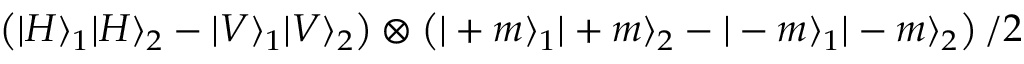
\left( | H \rangle _ { 1 } | H \rangle _ { 2 } - | V \rangle _ { 1 } | V \rangle _ { 2 } \right) \otimes \left( | + m \rangle _ { 1 } | + m \rangle _ { 2 } - | - m \rangle _ { 1 } | - m \rangle _ { 2 } \right) / 2